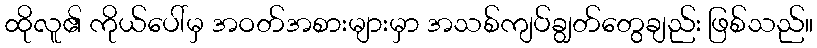
ထိုလူ၏ ကိုယ်ပေါ်မှ အဝတ်အစားများမှာ အသစ်ကျပ်ချွတ်တွေချည်း ဖြစ်သည်။